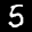
Label: 5